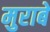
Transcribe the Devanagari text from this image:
मुराबे